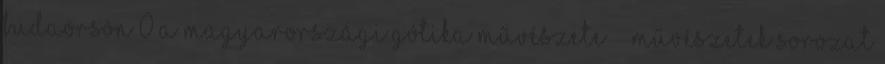
Budaörsön 0 A magyarországi gótika művészete Művészetek sorozat